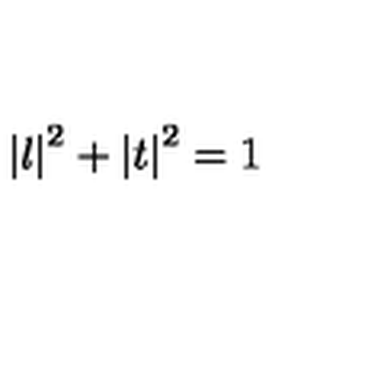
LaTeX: \left| l \right| ^ { 2 } + \left| t \right| ^ { 2 } = 1